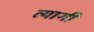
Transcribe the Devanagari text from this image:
त्यागीं